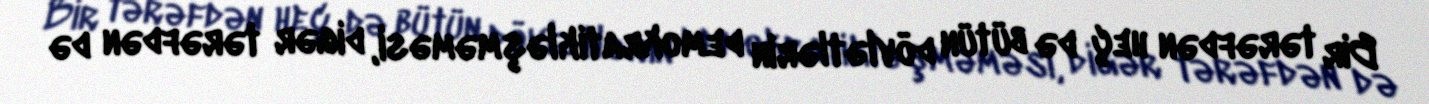
Bir tərəfdən heç də bütün dövlətlərin demokratikləşməməsi, digər tərəfdən də